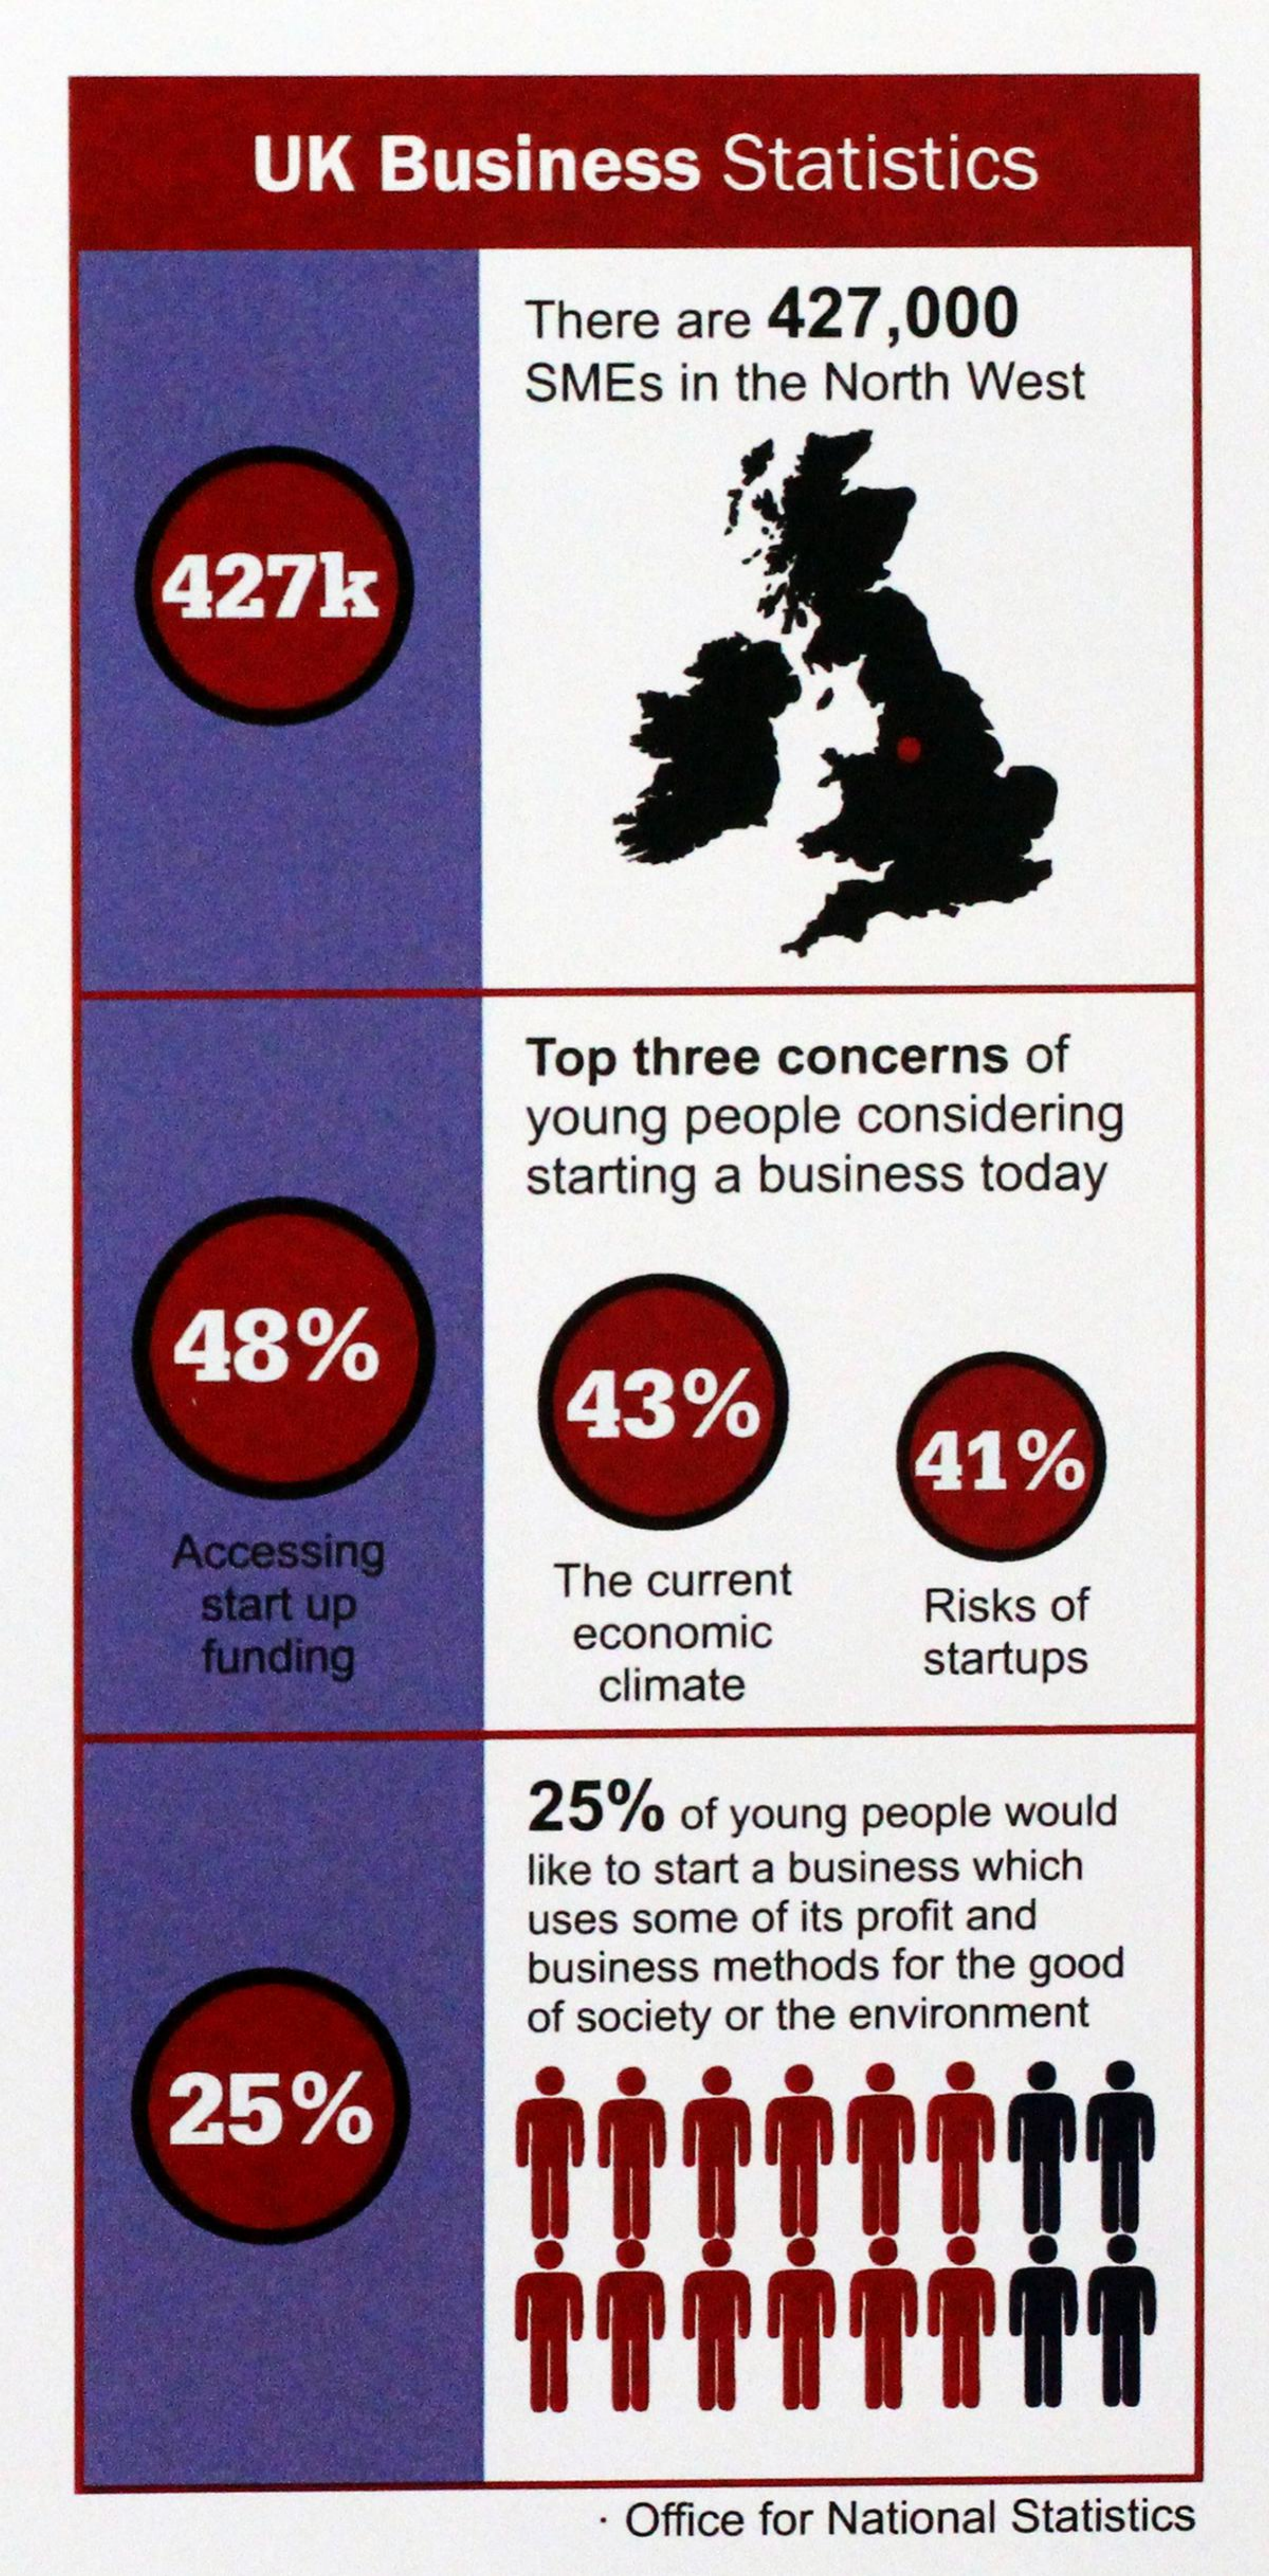
UK    Business    Statistics
     There  are 427,000
     SMEs   in the North West
     427k
     Top  three concerns    of
     young  people  considering
     starting a business  today
     48%
     43%
     41%
     Accessing
     start up
     The current
     economic
     Risks of
     funding
     climate
     startups
     25%    of young people would
     like to start a business which
     uses some of its profit and
     business methods for the good
     of society or the environment
     25%
     · Office for National Statistics